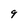
Character: 9